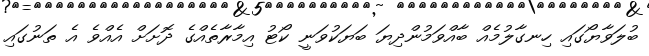
ބުލަވާޔޯގައި ހިނގާލުމެއް ބާއްވަމުންދިޔަ ބަޔަކުވަނީ ކޯޓު އިމާރާތެއްގެ ދޮށަށް އެއްވެ އެ ތަނުގައި